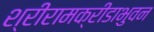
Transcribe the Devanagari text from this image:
श्रीरामक्रीडाभुवन